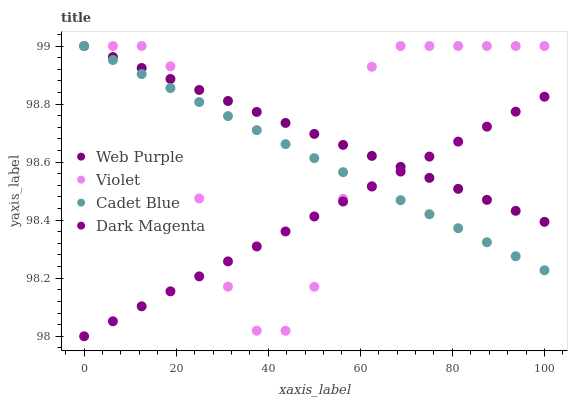
| xaxis_label | Web Purple | Violet | Cadet Blue | Dark Magenta |
 | --- | --- | --- | --- | --- |
 | 0 | 99 | 99 | 99 | 98 |
 | 6.25 | 99 | 99 | 99 | 98.1 |
 | 12.5 | 98.9 | 99 | 98.9 | 98.1 |
 | 18.8 | 98.9 | 98.9 | 98.9 | 98.2 |
 | 25 | 98.8 | 98.5 | 98.8 | 98.2 |
 | 31.2 | 98.8 | 98.2 | 98.8 | 98.3 |
 | 37.5 | 98.8 | 98 | 98.7 | 98.3 |
 | 43.8 | 98.7 | 98 | 98.7 | 98.4 |
 | 50 | 98.7 | 98.2 | 98.6 | 98.4 |
 | 56.2 | 98.7 | 98.5 | 98.6 | 98.5 |
 | 62.5 | 98.6 | 98.9 | 98.5 | 98.5 |
 | 68.8 | 98.6 | 99 | 98.5 | 98.6 |
 | 75 | 98.5 | 99 | 98.4 | 98.6 |
 | 81.2 | 98.5 | 99 | 98.4 | 98.7 |
 | 87.5 | 98.5 | 99 | 98.3 | 98.7 |
 | 93.8 | 98.4 | 99 | 98.3 | 98.8 |
 | 100 | 98.4 | 99 | 98.2 | 98.8 |